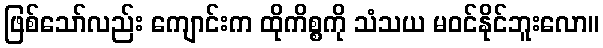
ဖြစ်သော်လည်း ကျောင်းက ထိုကိစ္စကို သံသယ မဝင်နိုင်ဘူးလော။